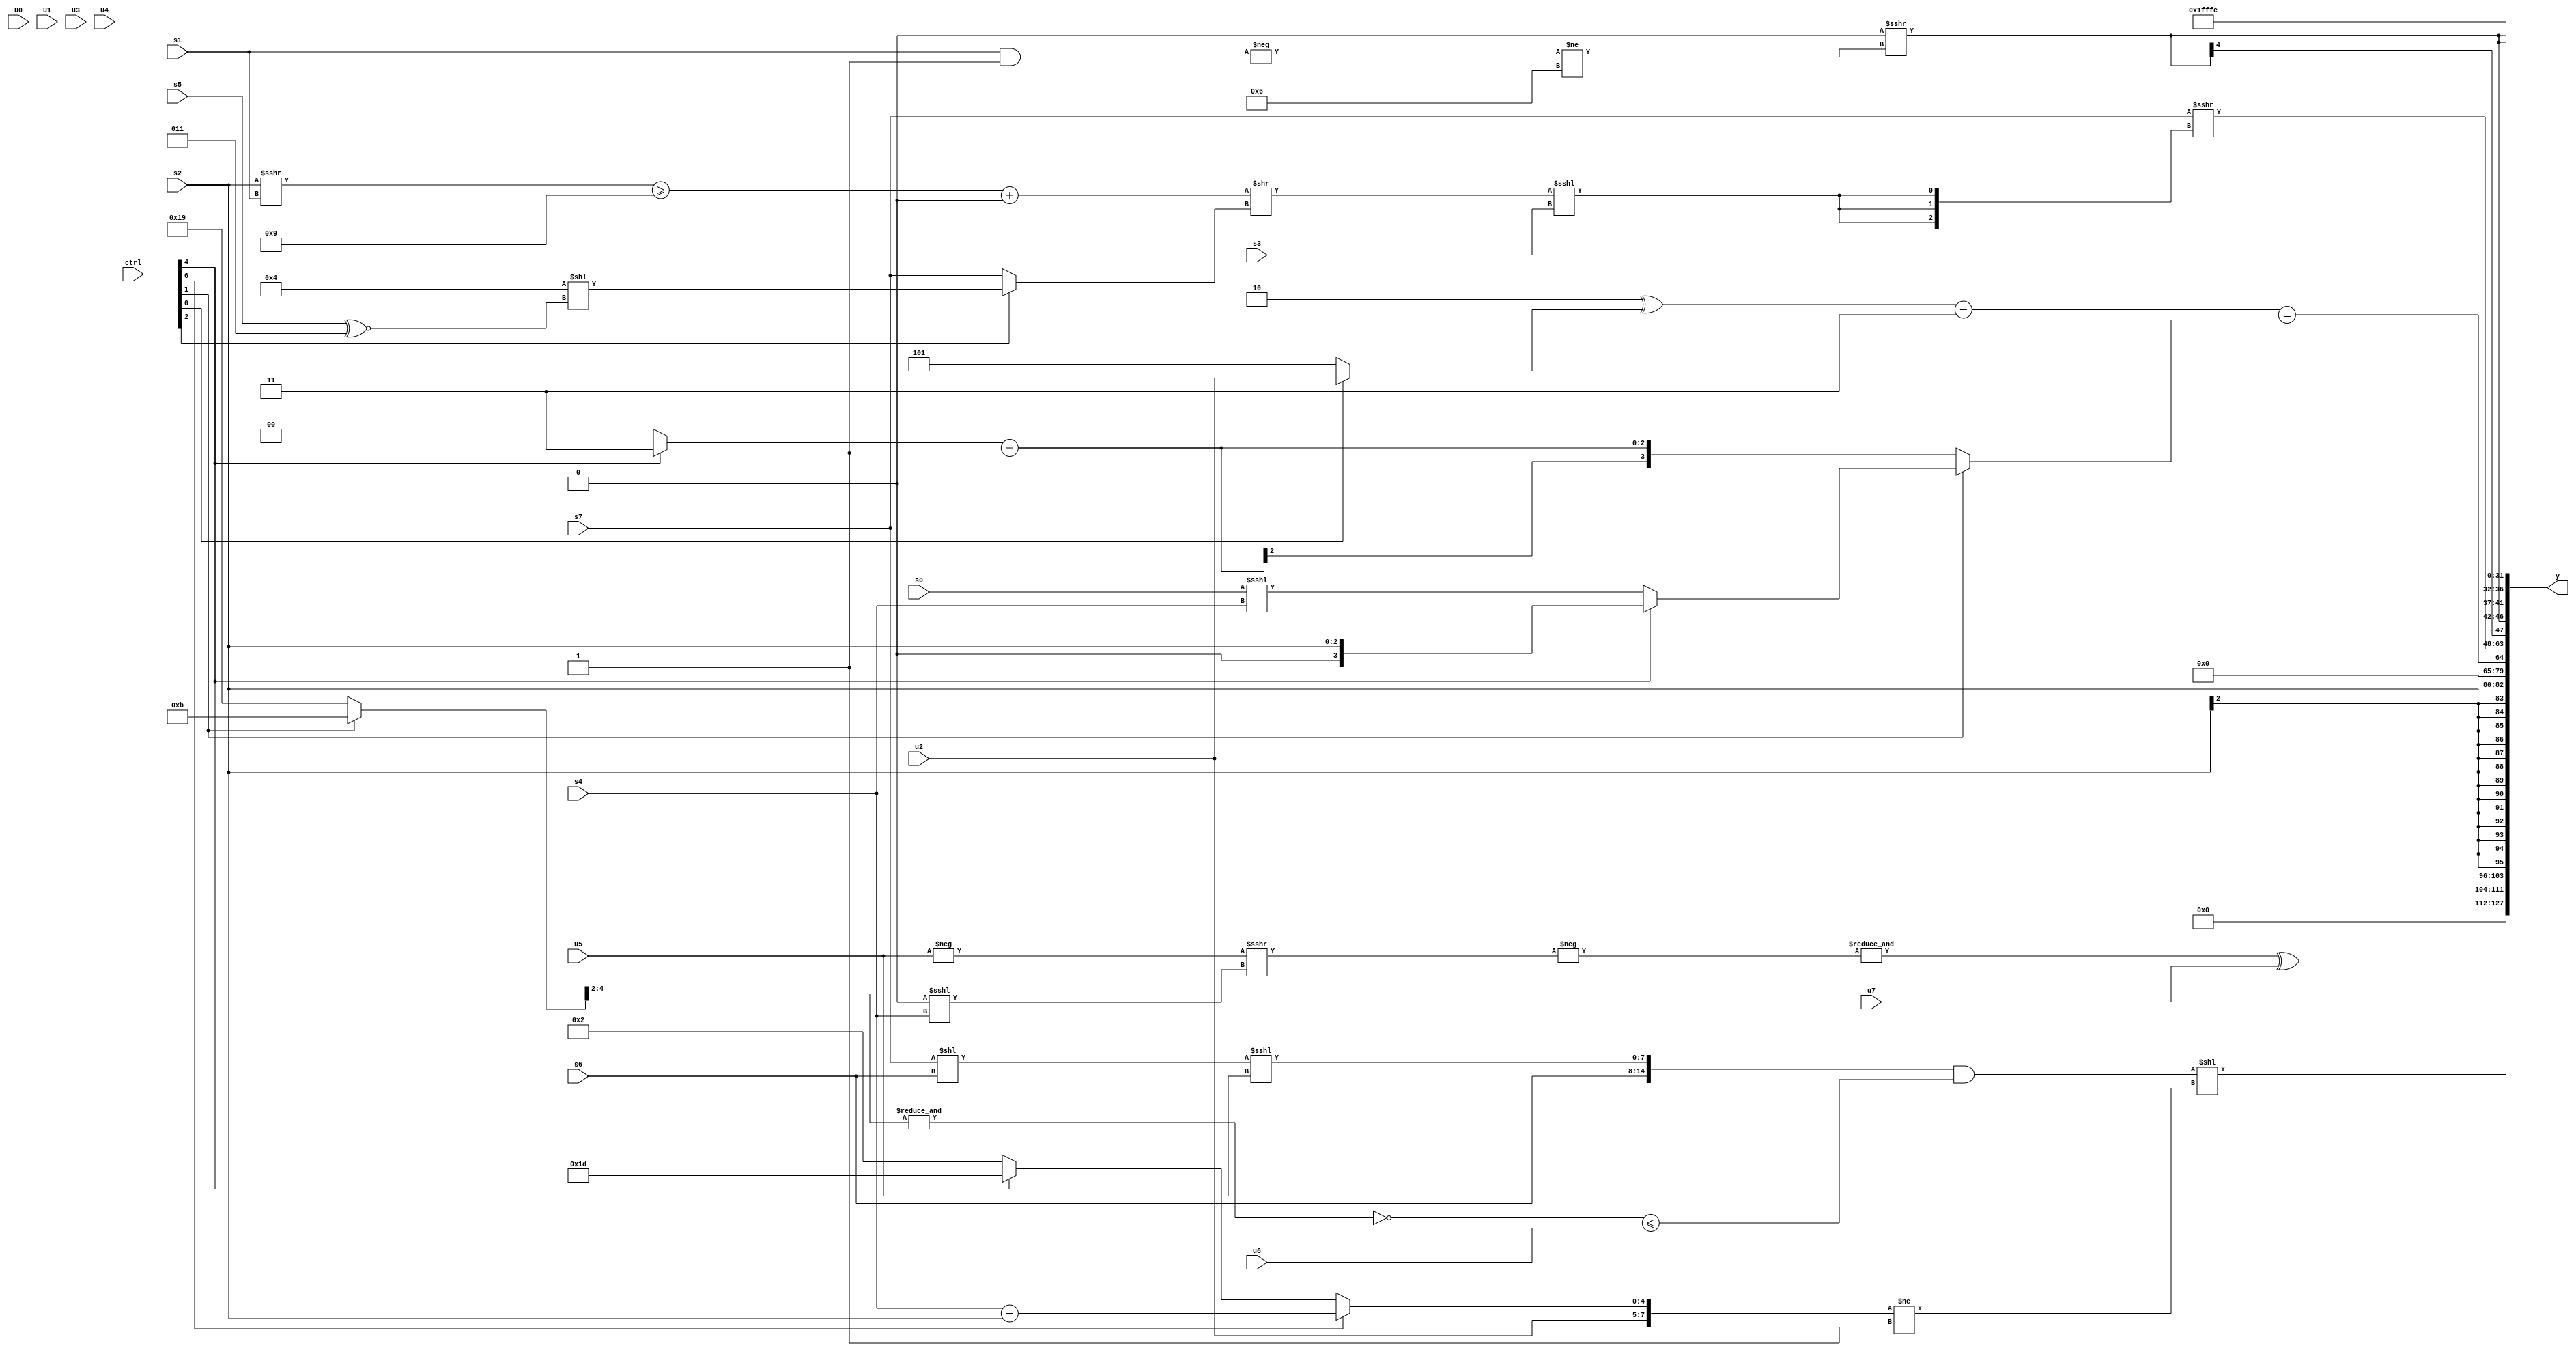
module wideexpr_00571(ctrl, u0, u1, u2, u3, u4, u5, u6, u7, s0, s1, s2, s3, s4, s5, s6, s7, y);
  input [7:0] ctrl;
  input [0:0] u0;
  input [1:0] u1;
  input [2:0] u2;
  input [3:0] u3;
  input [4:0] u4;
  input [5:0] u5;
  input [6:0] u6;
  input [7:0] u7;
  input signed [0:0] s0;
  input signed [1:0] s1;
  input signed [2:0] s2;
  input signed [3:0] s3;
  input signed [4:0] s4;
  input signed [5:0] s5;
  input signed [6:0] s6;
  input signed [7:0] s7;
  output [127:0] y;
  wire [15:0] y0;
  wire [15:0] y1;
  wire [15:0] y2;
  wire [15:0] y3;
  wire [15:0] y4;
  wire [15:0] y5;
  wire [15:0] y6;
  wire [15:0] y7;
  assign y = {y0,y1,y2,y3,y4,y5,y6,y7};
  assign y0 = (({s6,{(($signed(s7))<<(($signed(s6))<<($signed(1'sb0))))<<<(u5)}})&((~&(((ctrl[1]?5'sb01011:4'sb1001))>>>(3'sb010)))<=(u6)))<<(-(+(({u2,(ctrl[6]?(s4)-(s2):(ctrl[4]?$signed(3'sb101):+(4'sb0010)))})!=($unsigned({!(!(6'sb001011))})))));
  assign y1 = (&($unsigned($signed(-((-(u5))>>>((2'sb00)<<<(s4)))))))^(u7);
  assign y2 = s2;
  assign y3 = ((($signed($unsigned(2'sb10)))^(+((ctrl[0]?u2:4'b0101))))-(2'sb11))==(+((ctrl[1]?(ctrl[4]?s2:(s0)<<<(s4)):((ctrl[4]?3'sb011:1'sb0))-($signed(2'sb01)))));
  assign y4 = (s7)>>>({3{((-((((s2)>>>(s1))>=(5'sb11001))+(1'b0)))>>((ctrl[2]?+(((3'sb001)<<(3'sb010))<<((s5)^~(3'sb011))):s7)))<<<(s3)}});
  assign y5 = $signed({3{((+((5'sb10001)<<(s4)))<<<(4'b0101))>>>((-((s1)&(1'sb1)))!=(4'sb0110))}});
  assign y6 = 2'sb01;
  assign y7 = $signed($signed(3'sb110));
endmodule